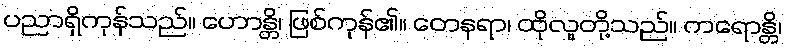
ပညာရှိကုန်သည်။ ဟောန္တိ၊ ဖြစ်ကုန်၏။ တေနရာ၊ ထိုလူတို့သည်။ ကရောန္တိ၊